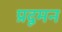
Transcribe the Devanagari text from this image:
प्रदूमन